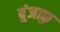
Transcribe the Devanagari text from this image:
बुंजाकु